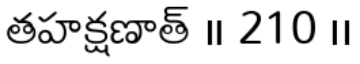
తహక్షణాత్ ॥ 210 ।।